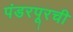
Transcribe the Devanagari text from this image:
पंडरपूरची